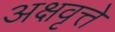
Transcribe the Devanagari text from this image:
अक्षवृत्ते